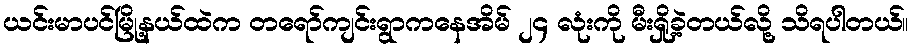
ယင်းမာပင်မြို့နယ်ထဲက တရော်ကျင်းရွာကနေအိမ် ၂၄ လုံးကို မီးရှို့ခဲ့တယ်လို့ သိရပါတယ်။